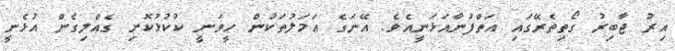
އިރު ޖާބިރު ގޯތިތެރޭގައި އަތްފުނާއަޅަނީއެވެ. އޭނަގެ އަމަލުތަކުން ހީވަނީ ކުކުޅުކޮށި ގެއްލިގެން އުޅެނީ